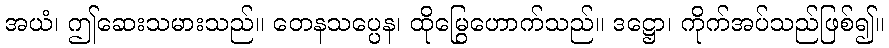
အယံ၊ ဤဆေးသမားသည်။ တေနသပ္ပေန၊ ထိုမြွေဟောက်သည်။ ဒဋ္ဌော၊ ကိုက်အပ်သည်ဖြစ်၍။